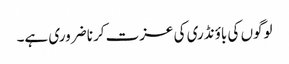
لوگوں کی باؤنڈری کی عزت کرنا ضروری ہے۔